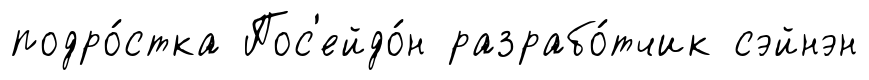
подро́стка Пос'ейдо́н разрабо́тчик сэйнэн